Leaving Certificate Examination (including Day School Certificate (Higher) General paper), 1927
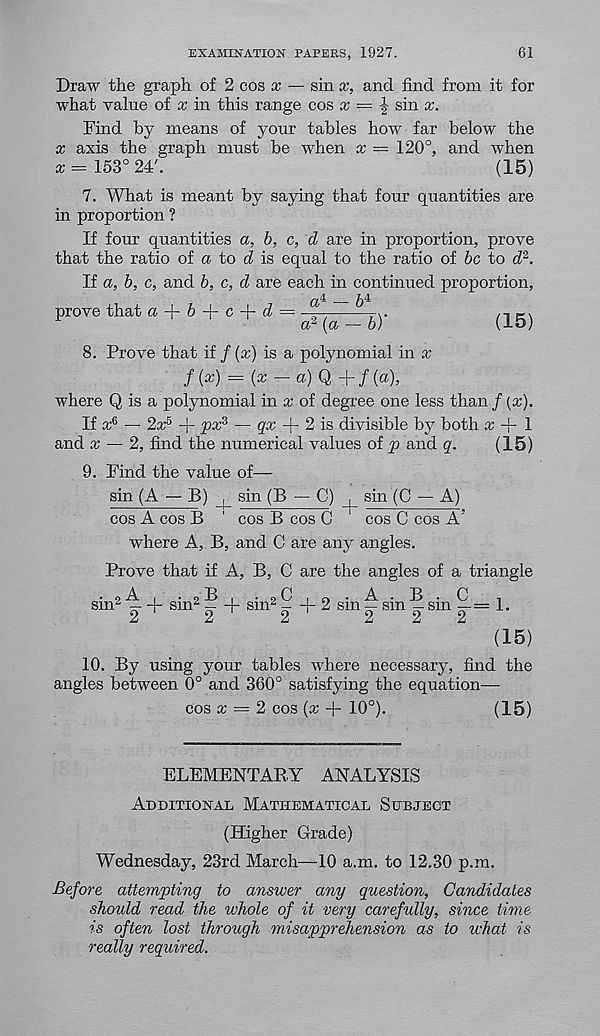
EXAMINATION PAPERS, 1927.
61
Draw the graph of 2 cos x — sin x, and find from it for
what value of x in this range cos x = £ sin x.
Find by means of yonr tables how far below the
x axis the graph must be when x — 120°, and when
a = 153° 24'.
(15)
7. What is meant by saying that four quantities are
in proportion ?
If four quantities a, b, c, d are in proportion, prove
that the ratio of a to d is equal to the ratio of be to d 2 .
If a, b, c, and b, c, d are each in continued proportion,
prove that a + 6 + o +
(15)
8. Prove that if / (x) is a polynomial in x
f(x) = (a; — a) Q — / (a),
where Q is a polynomial in x of degree one less than / (a:).
If x 6 — 2a: 5 + V xZ — ga: + 2 is divisible by both x ~ 1
and a; — 2, find the numerical values of p and q.
(15)
9. Find the value of—
sin (A — B) _j_ sin (B — C) _j_ sin (C — A)
cos A cos B ‘ cos B cos C
cos C cos A’
where A, B, and C are any angles.
Prove that if A, B, C are the angles of a triangle
sim — + sim — + sm 2 -
2 sm — sm — sm x-— 1*
Z
A
A
AAA
(15)
10. By using your tables where necessary, find the
angles between 0° and 360° satisfying the equation—
cos a; = 2 cos {x + 10°).
(15)
ELEMENTARY ANALYSIS
Additional Mathematical Subject
(Higher Grade)
Wednesday, 23rd March—10 a.m. to 12.30 p.ra.
Before attempting to answer any question, Candidates
should read the whole of it very carefully, since time
is often lost through misapprehension as to what is
really required.